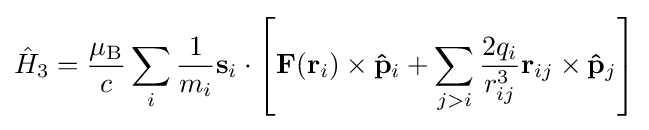
{\hat {H}}_{3}={\frac {\mu _{\rm {B}}}{c}}\sum _{i}{\frac {1}{m_{i}}}\mathbf {s} _{i}\cdot \left[\mathbf {F} (\mathbf {r} _{i})\times \mathbf {\hat {p}} _{i}+\sum _{j>i}{\frac {2q_{i}}{r_{ij}^{3}}}\mathbf {r} _{ij}\times \mathbf {\hat {p}} _{j}\right]